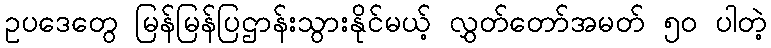
ဥပဒေတွေ မြန်မြန်ပြဌာန်းသွားနိုင်မယ့် လွှတ်တော်အမတ် ၅၀ ပါတဲ့